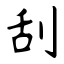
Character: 刮